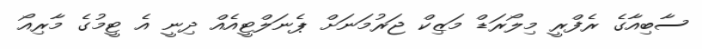
ސާބިއާގެ ރެފްރީ މިލޯރަޑް މަޒިކް ޖަރުމަނަށް ޕެނަލްޓީއެއް ދިނީ އެ ޓީމުގެ މާރިއޯ